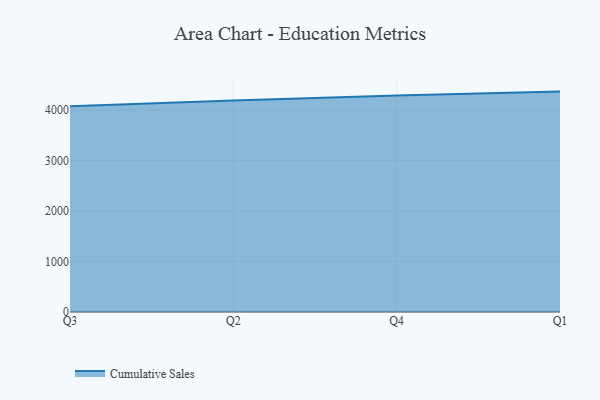
{"axis": {"x": "Quarter", "y": "Conversion Rate (%)"}, "legend": ["Cumulative Sales"], "data": [{"x": "Q3", "y": 4077.0, "type": "Cumulative Sales"}, {"x": "Q2", "y": 4193.7, "type": "Cumulative Sales"}, {"x": "Q4", "y": 4291.2, "type": "Cumulative Sales"}, {"x": "Q1", "y": 4369.2, "type": "Cumulative Sales"}]}